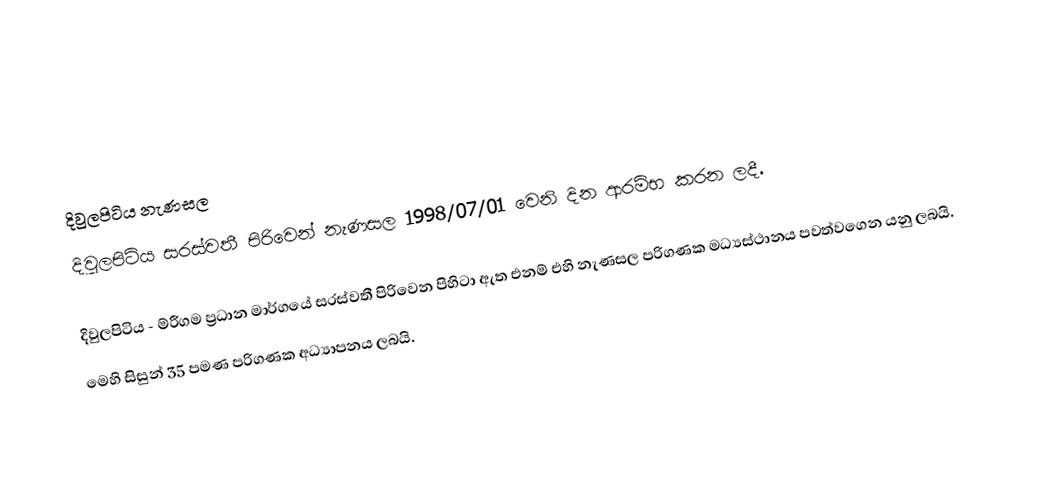

දිවුලපිටිය නැණසල
දිවුලපිටිය සරස්වතී පිරිවෙන් නැණසල 1998/07/01 වෙනි දින ආරම්භ කරන ලදී.

දිවුලපිටිය - ම්රීගම ප්‍රධාන මාර්ගයේ සරස්වතී පිරිවෙන පිහිටා ඇත එනම් එහි නැණසල පරිගණක මධ්‍යස්ථානය පවත්වගෙන යනු ලබයි.
මෙහි සිසුන් 35 පමණ පරිගණක අධ්‍යාපනය ලබයි.